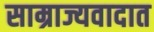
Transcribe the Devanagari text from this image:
साम्राज्यवादात